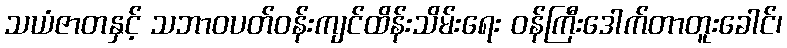
သယံဇာတနှင့် သဘာဝပတ်ဝန်းကျင်ထိန်းသိမ်းရေး ဝန်ကြီးဒေါက်တာတူးခေါင်၊